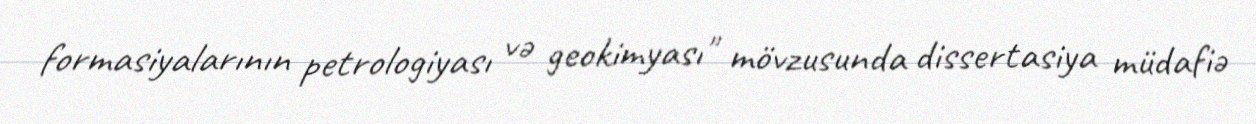
formasiyalarının petrologiyası və geokimyası" mövzusunda dissertasiya müdafiə